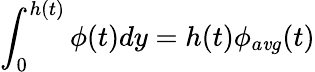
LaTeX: \int_{0}^{h(t)}\phi(t)dy=h(t)\phi_{a\mathit{v}g}(t)